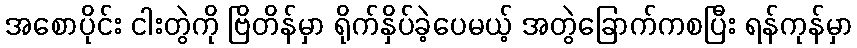
အစောပိုင်း ငါးတွဲကို ဗြိတိန်မှာ ရိုက်နှိပ်ခဲ့ပေမယ့် အတွဲခြောက်ကစပြီး ရန်ကုန်မှာ